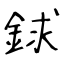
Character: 銶